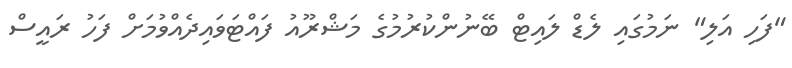
"ފަހި އަލި" ނަމުގައި ލެޑް ލައިޓް ބޭނުންކުރުމުގެ މަޝްރޫއު ފައްޓަވައިދެއްވުމަށް ފަހު ރައީސް